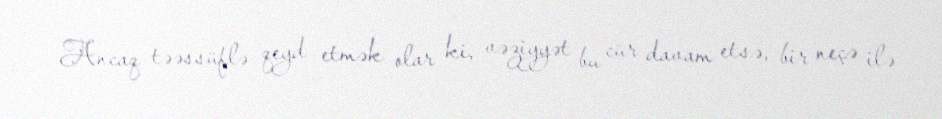
Ancaq təəssüflə qeyd etmək olar ki, vəziyyət bu cür davam etsə, bir neçə ilə